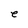
Character: e